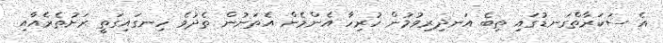
އެ ސަކަރާތްގަނޑުގައި ތިބެ އަނދިރިވުމުން ހުރިހާ އެންމެން އެތަނުން ތެދުވެ ހިނގައިގަތީ ރަށުތެރެއާއި